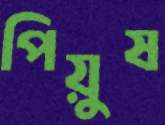
পিয়ুষ